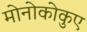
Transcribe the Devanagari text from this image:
मोनोकोकुए